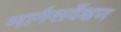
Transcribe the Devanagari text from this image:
मार्गसर्वेक्षण